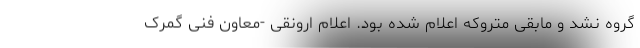
گروه نشد و مابقی متروکه اعلام شده بود. اعلام ارونقی -معاون فنی گمرک